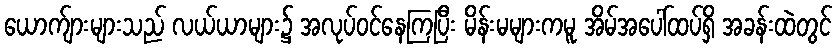
ယောက်ျားများသည် လယ်ယာများ၌ အလုပ်ဝင်နေကြပြီး မိန်းမများကမူ အိမ်အပေါ်ထပ်ရှိ အခန်းထဲတွင်